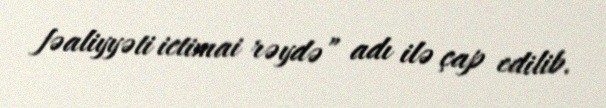
fəaliyyəti ictimai rəydə” adı ilə çap edilib.